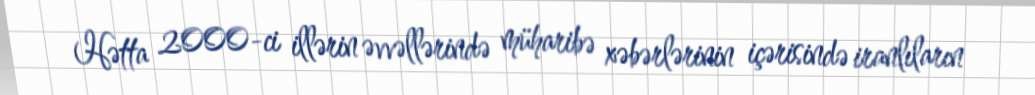
Hətta 2000-ci illərin əvvəllərində müharibə xəbərlərinin içərisində iranlıların